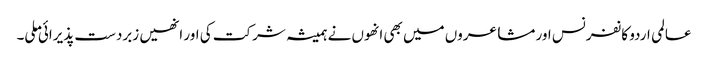
عالمی اردو کانفرنس اور مشاعروں میں بھی انھوں نے ہمیشہ شرکت کی اور انھیں زبردست پذیرائی ملی۔